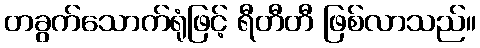
တခွက်သောက်ရုံဖြင့် ရီတီတီ ဖြစ်လာသည်။